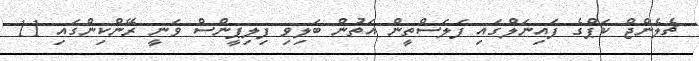
ޗެލެންޖް ކަޕްގެ ފައިނަލްގައި ފަލަސްތީން އަތުން ބަލިވި ފިލިޕީންސް ވަނީ ރޭންކިންގައި 11